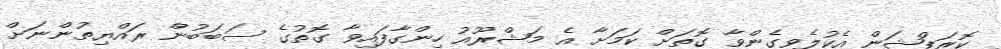
ކޮރަޕްޝަން އެކުލެވިގެންވާ ގޮތަށް ކަމަށާ އެ މަޝްރޫއު ހިންގާފައިވާ ގޮތުގެ ސަބަބުން ރައްޔިތުންނަށް